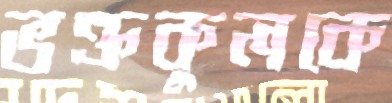
ভক্তকুলকে